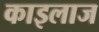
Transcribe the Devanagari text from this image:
काइलाज